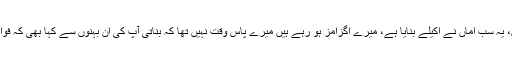
بریانی مٹر قیمہ اروی گوشت آلو کباب سلاد رائتہ ذرا گن کر دیکھیں، یہ سب اماں نے اکیلے بنایا ہے، میرے اگزامز ہو رہے ہیں میرے پاس وقت نہیں تھا کہ بناتی آپ کی ان بہنوں سے کہا بھی کہ فواد کے لئے سوفلے بنانا ہے ہیلپ کروا دو مگر سب نے انکار کر دیا۔